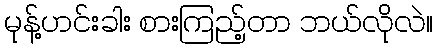
မုန့်ဟင်းခါး စားကြည့်တာ ဘယ်လိုလဲ။